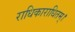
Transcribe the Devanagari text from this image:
राधिकाराधितम्।